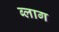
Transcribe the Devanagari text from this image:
ब्‍लाग